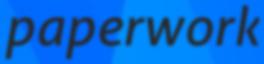
paperwork